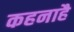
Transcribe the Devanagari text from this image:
कहनाहै